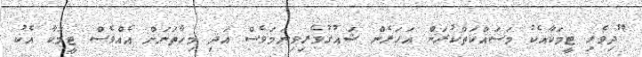
"ދިވެހި ޓީމަކާއެކު މަސައްކަތްކުރަން އަހަރެން ޝައުގުވެރިވިނަމަވެސް އަދި މިހާތަނަށް އެއްވެސް ޓީމަކާ އެކު